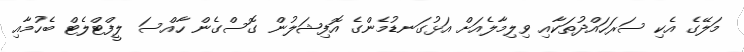
މަލޭގެ އެކި ސަރަހައްދުތަކާއި ވިލިމާލެއަށް އަޅުގަނޑުމެންގެ އޮފިޝަލުން ގޮސްގެން ހާއްސަ ލީފްޓްލެޓް ބެހުމާއި